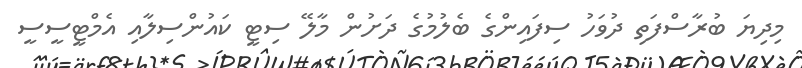
މިދިޔަ ބުރާސްފަތި ދުވަހު ސިފައިންގެ ބެލުމުގެ ދަށުން މާލޭ ސިޓީ ކައުންސިލާއި އެމްޓީސީސީ